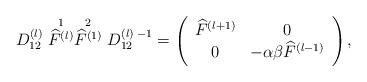
LaTeX: \begin{align*}D_{12}^{(l)} \stackrel{1}{\widehat{F}^{(l)}} \stackrel{2}{\widehat{F}^{(1)}} D_{12}^{(l) \; -1}= \left( \begin{array} {cc} \widehat{F}^{(l+1)} & 0\\ 0 & -\alpha \beta \widehat{F}^{(l-1)} \end{array} \right),\end{align*}